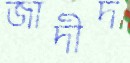
জাদীদ